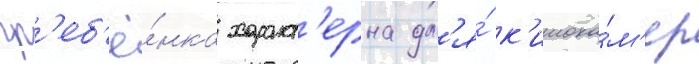
гр'еб'ё́нка характ'ерна дл'я́ к'инока́м'ер